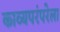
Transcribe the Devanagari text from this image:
काव्यपरंपरेला